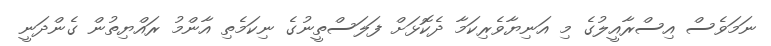
ނަމަވެސް އިސްރާއީލުގެ މި އަނިޔާވެރިކަމާ ދެކޮޅަށް ފަލަސްތީނުގެ ނިކަމެތި އާންމު ރައްޔިތުން ގެންދަނީ